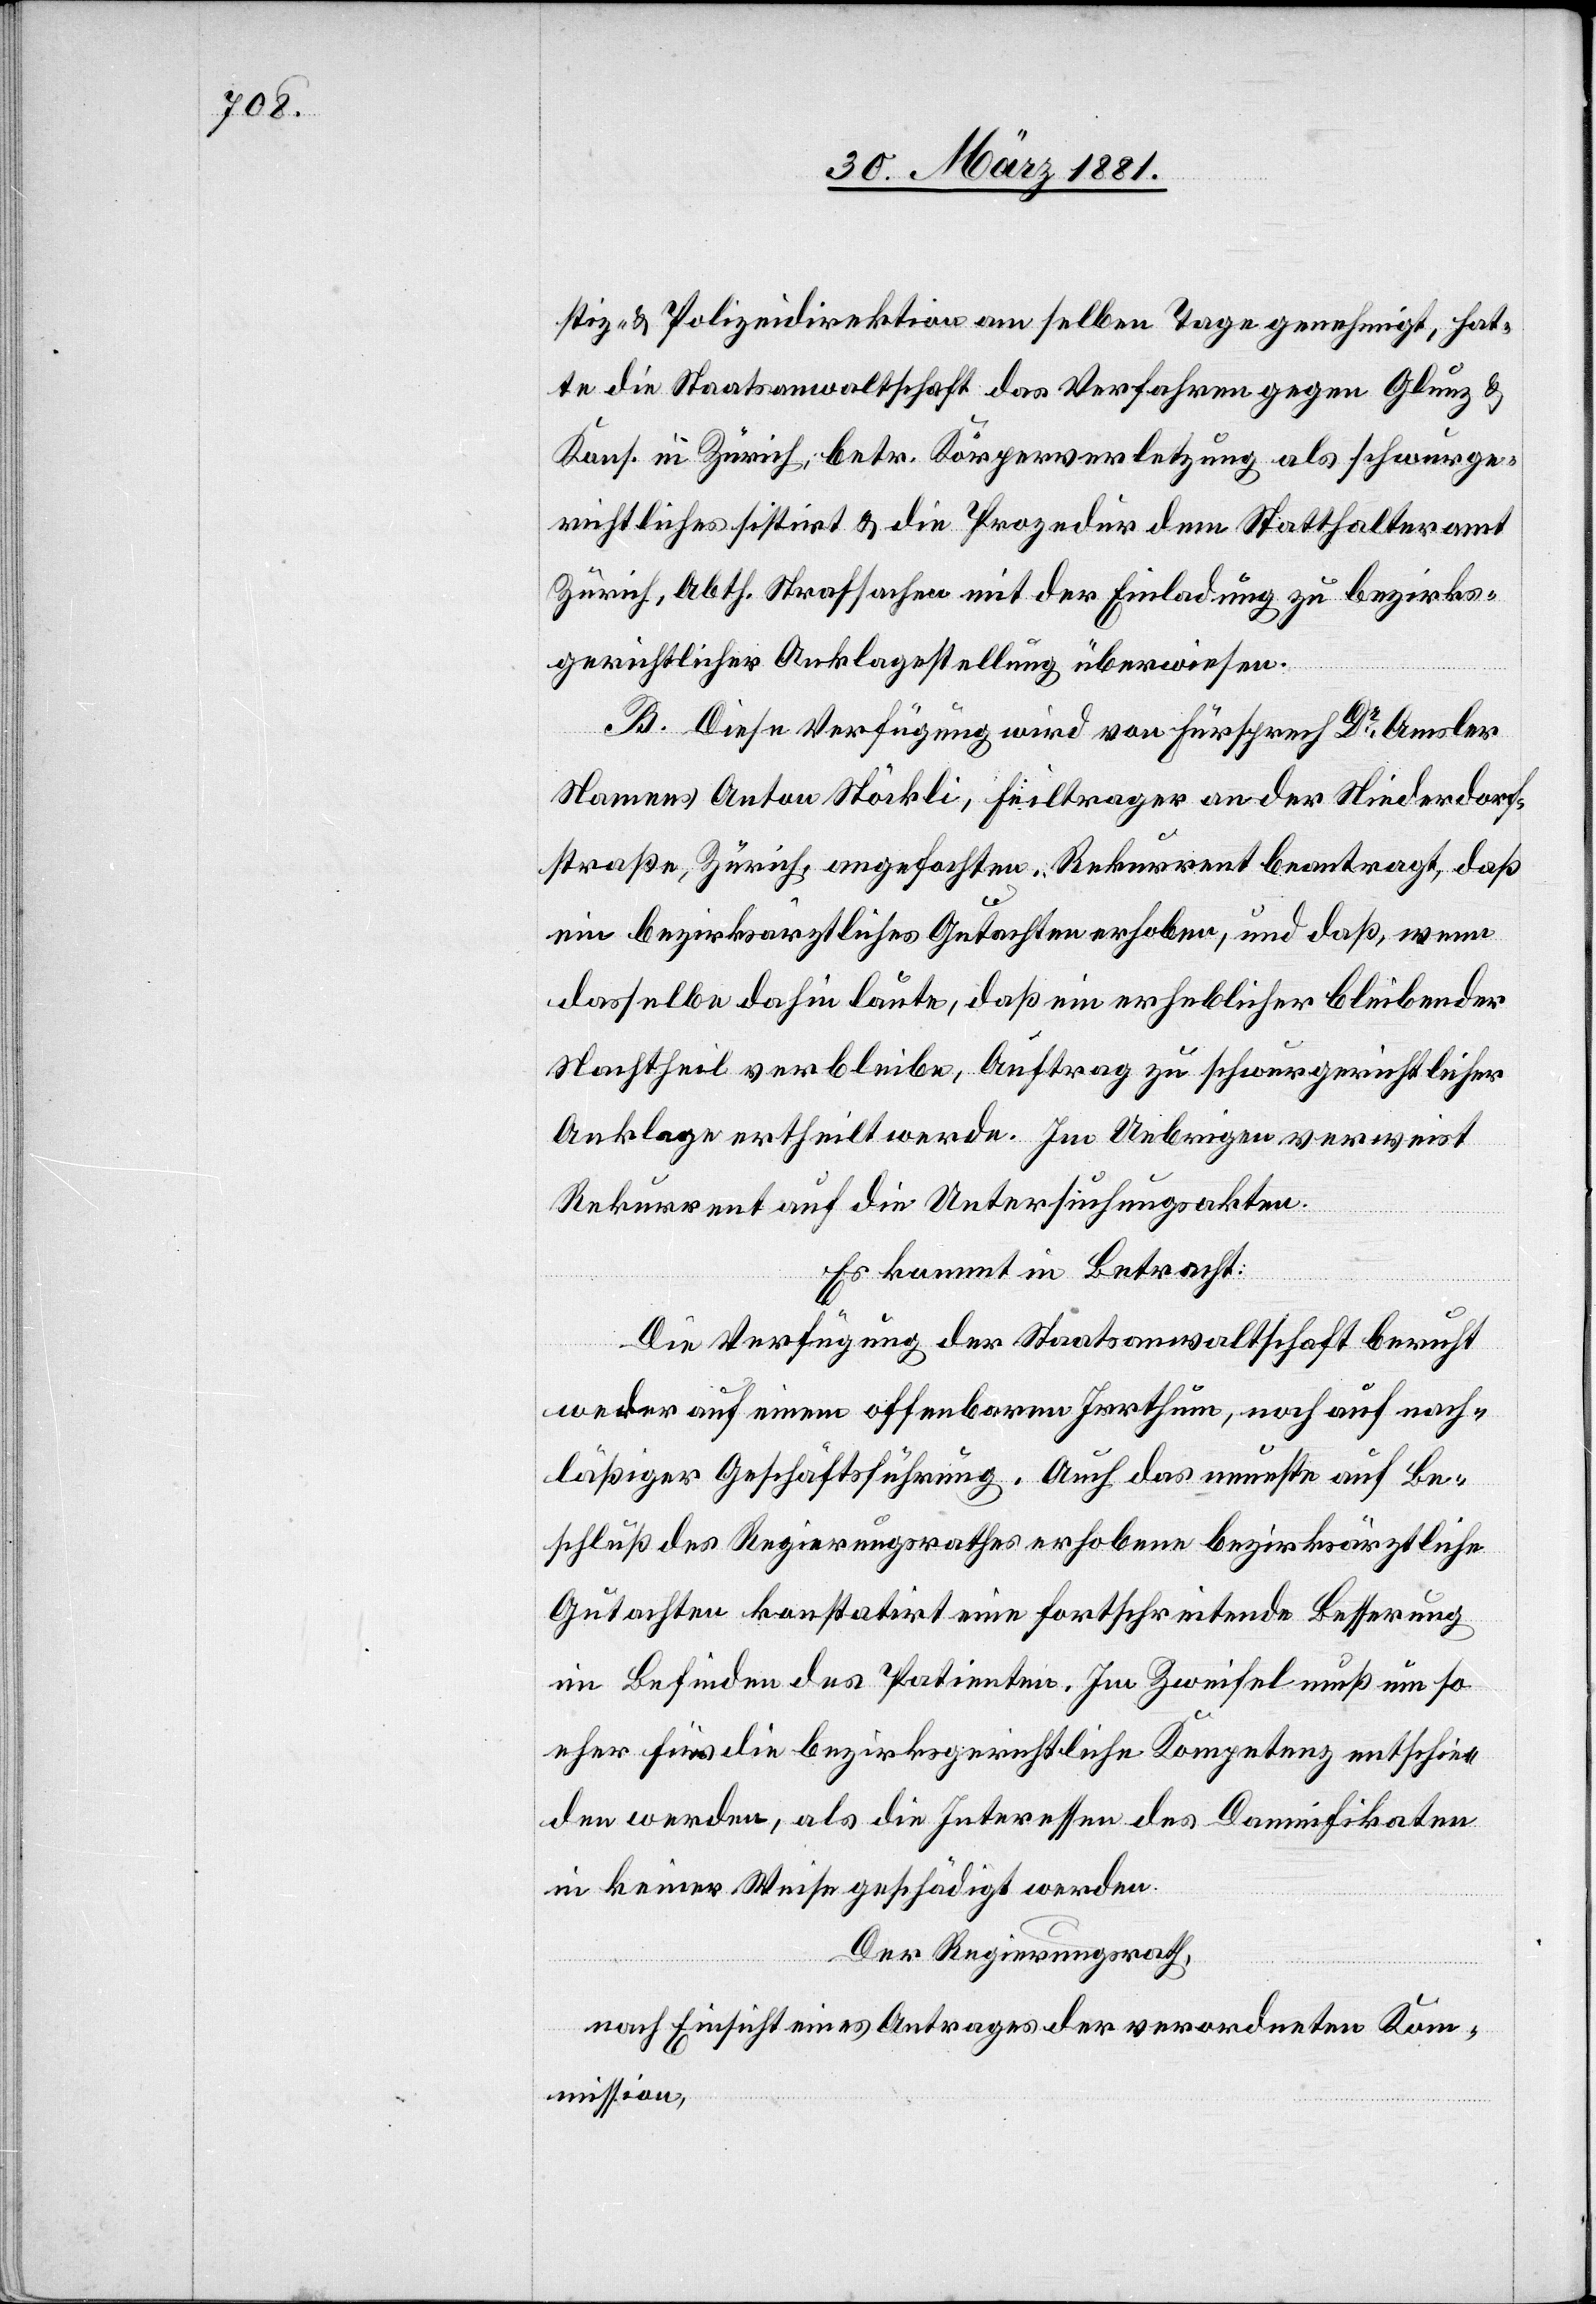
stiz- & Polizeidirektion am selben Tage genehmigt, hat¬
te die Staatsanwaltschaft das Verfahren gegen Glunz &
Kons. in Zürich, betr. Körperverletzung als schwurge¬
richtliches sistirt & die Prozedur dem Statthalteramt
Zürich, Abth. Strafsachen mit der Einladung zu bezirks¬
gerichtlicher Anklagestellung überwiesen.
B. Diese Verfügung wird von Fürsprech Dr Amsler
Namens Antons Stöckli, Feiltrager [sic!] an der Niederdorf¬
straße, Zürich, angefochten. Rekurrent beantragt, daß
ein bezirksräthliches Gutachten erhoben, und daß, wenn
dasselbe dahin laute, daß ein erheblicher bleibender
Nachtheil verbleibe, Auftrag zu schwurgerichtlicher
Anklage ertheilt werde. Im Uebrigen verweist
Rekurrent auf die Untersuchungsakten.
Es kommt in Betracht:
Die Verfügung der Staatsanwaltschaft beruht
weder auf einem offenbaren Irrthum, noch auf nach¬
läßiger Geschäftsführung. Auch das neueste auf Be¬
schluß des Regierungsrathes erhobene bezirksräthliche
Gutachten konstatirt eine fortschreitende Besserung
im Befinden des Patienten. Im Zweifel muß um so
eher für die bezirksgerichtliche Kompetenz entschie¬
den werden, als die Interessen des Damnifikaten
in keiner Weise geschädigt werden.
Der Regierungsrath,
nach Einsicht eines Antrages der verordneten Kom¬
mission,